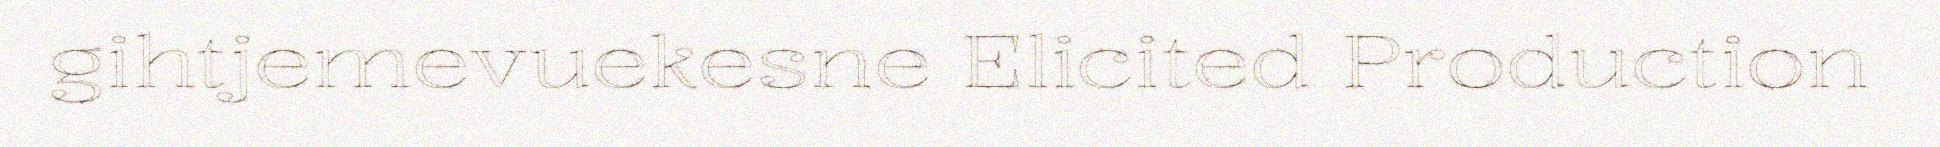
gihtjemevuekesne Elicited Production